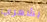
بشعري